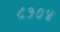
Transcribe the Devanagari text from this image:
८१०४